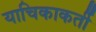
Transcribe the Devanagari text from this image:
याचिकाकर्ती